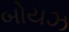
બોયઝ